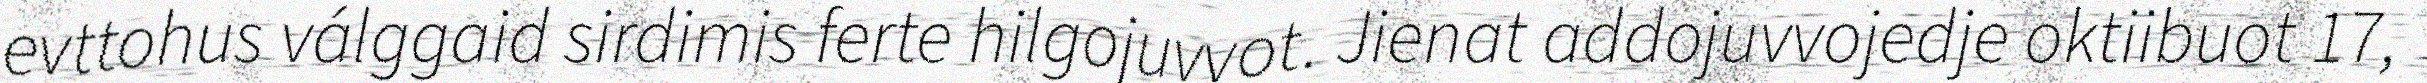
evttohus válggaid sirdimis ferte hilgojuvvot. Jienat addojuvvojedje oktiibuot 17,